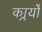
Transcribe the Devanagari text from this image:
कार्र्यों